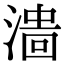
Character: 𣻲